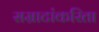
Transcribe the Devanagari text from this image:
सम्राटांकरिता